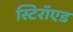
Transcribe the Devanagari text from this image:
स्टिरॉएड